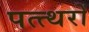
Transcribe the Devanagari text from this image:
पत्त्थरों